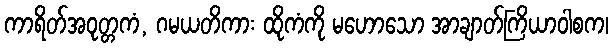
ကာရိတ်အဝုတ္တကံ, ဂမယတိကား ထိုကံကို မဟောသော အာချာတ်ကြိယာဝါစက၊